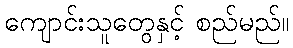
ကျောင်းသူတွေနှင့် စည်မည်။